Vaccination in Bombay 1902-1912 - 1902-1912
Year: 1902
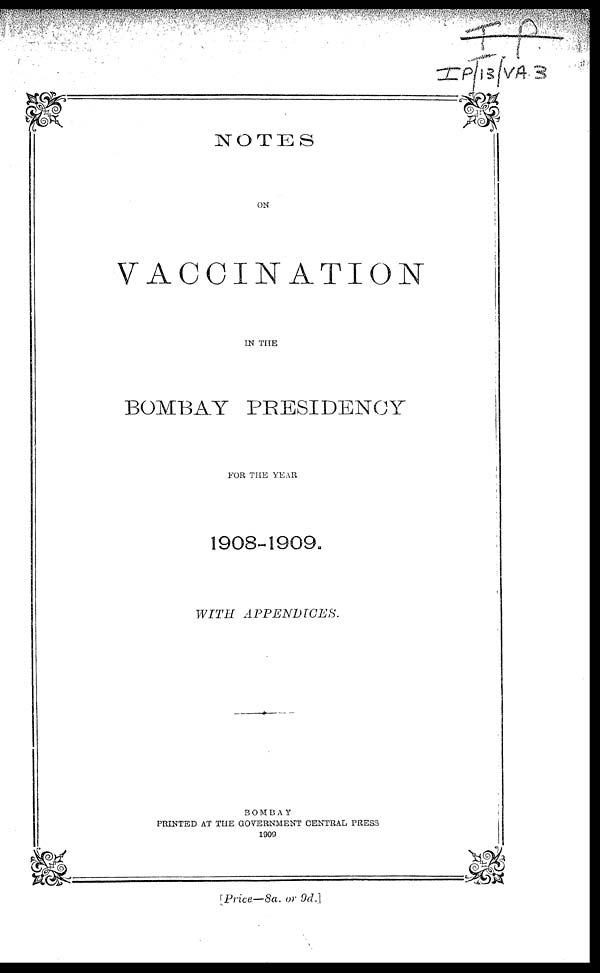
NOTES
ON
VACCINATION
IN THE
BOMBAY PRESIDENCY
FOR THE YEAR
1908-1909.
WITH
APPENDICES.
BOMBAY
PRINTED AT THE GOVERNMENT CENTRAL PRESS
1909
[Price—8a. or 9d.]